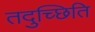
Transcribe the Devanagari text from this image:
तदुच्छिति